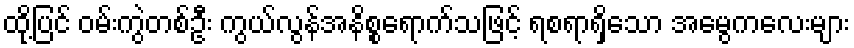
ထို့ပြင် ဝမ်းကွဲတစ်ဦး ကွယ်လွန်အနိစ္စရောက်သဖြင့် ရစရာရှိသော အမွေကလေးများ